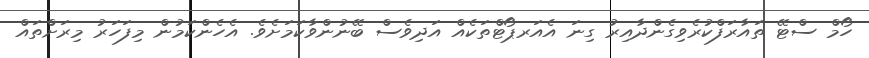
ހޯމް ސްޓޭ ތައާރަފްކުރެވިގެންދާއިރު ގިނަ އެއަރޕޯޓްތަކެއް އަދިވެސް ބޭނުންވާކަމަށެވެ. އެހެންކަމުން މިފަހަރު މިރަށްތައް